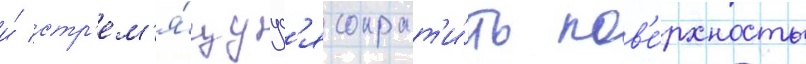
и́ стр'ем'я́щуус'я сократ'и́ть пов'е́рхность